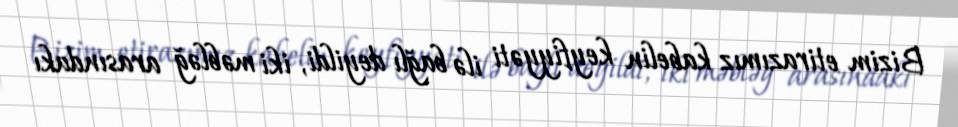
Bizim etirazımız kabelin keyfiyyəti ilə bağlı deyildi, iki məbləğ arasındakı